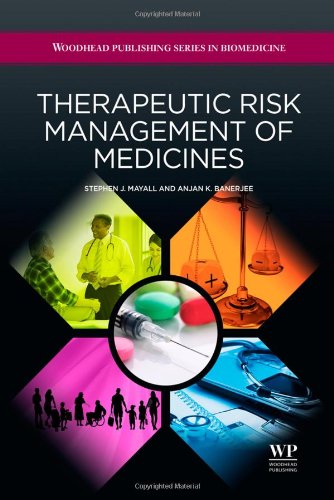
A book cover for Therapeutic Risk Management of Medicines (Woodhead Publishing Series in Biomedicine); Stephen J. Mayall; Business & Money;